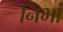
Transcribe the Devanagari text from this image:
निभां